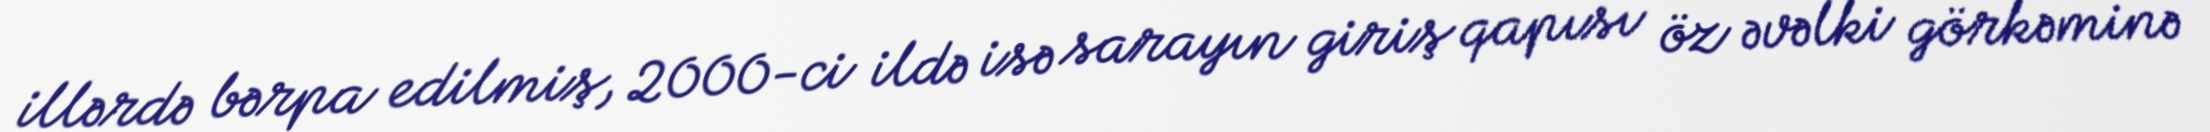
illərdə bərpa edilmiş, 2000-ci ildə isə sarayın giriş qapısı öz əvəlki görkəminə